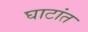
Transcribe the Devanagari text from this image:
घाटांत